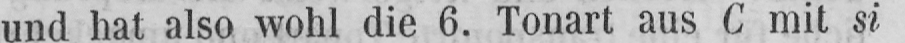
und hat also wohl die 6. Tonart aus C mit si